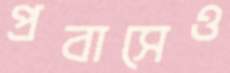
প্রবাসেও